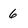
Character: 6